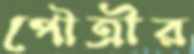
পৌত্রীর